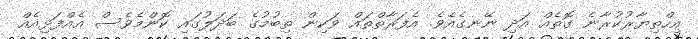
އިހްތިޔާރުކުރާނެ ގޮތެއް އަދި ނޭނގެއެވެ. އެފަރާތްތައް ވަކިން ތިބުމުގެ ބަދަލުގައި ކޮންމެވެސް އެއްފަޅިއެއް